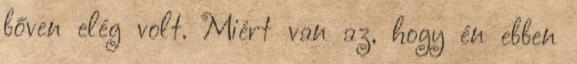
bőven elég volt. Miért van az, hogy én ebben